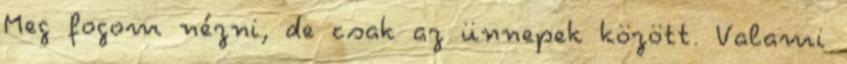
Meg fogom nézni, de csak az ünnepek között. Valami